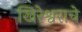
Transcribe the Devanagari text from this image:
खिरेश्वराचे